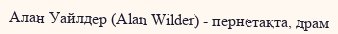
Алан Уайлдер (Alan Wilder) - пернетақта, драм